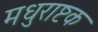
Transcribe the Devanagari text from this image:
मधुराष्टक